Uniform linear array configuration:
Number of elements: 24
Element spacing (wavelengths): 1
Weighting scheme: uniform
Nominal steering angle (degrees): -30
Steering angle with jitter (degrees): -28.855
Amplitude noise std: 0.05
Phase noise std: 0.05

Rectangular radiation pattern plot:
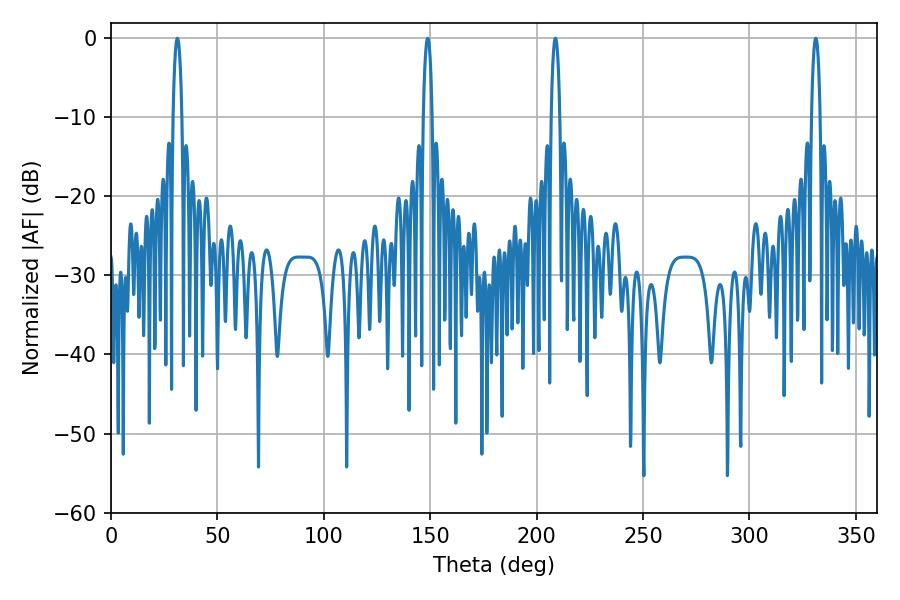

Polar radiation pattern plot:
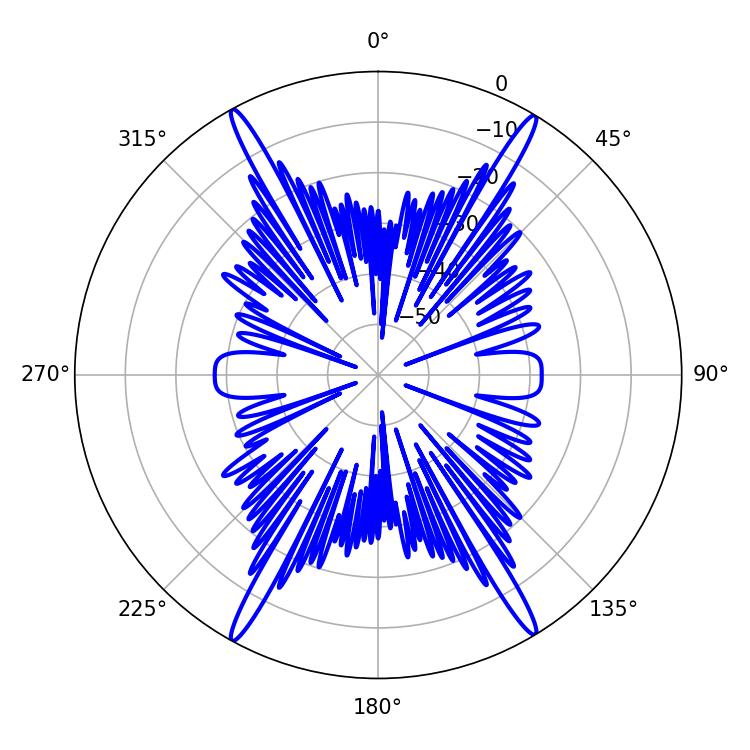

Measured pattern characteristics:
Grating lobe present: TRUE
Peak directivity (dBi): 26.26
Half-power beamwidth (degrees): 2.16
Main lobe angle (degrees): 208.8